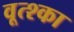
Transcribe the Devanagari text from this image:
वूत्श्का